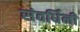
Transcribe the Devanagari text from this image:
संवर्धिनी